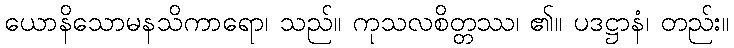
ယောနိသောမနသိကာရော၊ သည်။ ကုသလစိတ္တဿ၊ ၏။ ပဒဋ္ဌာနံ၊ တည်း။